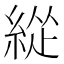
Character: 緃